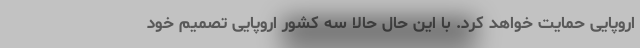
اروپایی حمایت خواهد کرد. با این حال حالا سه کشور اروپایی تصمیم خود